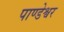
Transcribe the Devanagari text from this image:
पाण्डेश्वर